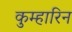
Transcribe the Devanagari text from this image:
कुम्हारिन